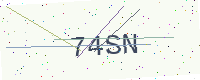
Text: 74SN